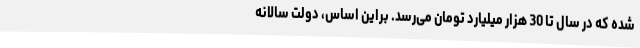
شده که در سال تا 30 هزار میلیارد تومان می‌رسد. براین اساس، دولت سالانه